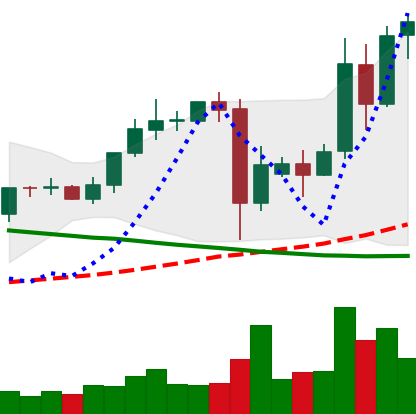
Ticker: TRX-USD
Chart end date: 2021-09-15
Forward return: -24.789%
Label: down_7plus